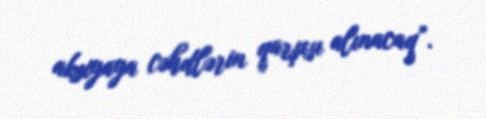
aksiyaya cəhdlərin qarşısı alınacaq”.